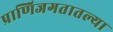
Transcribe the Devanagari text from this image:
प्राणिजगतातल्या